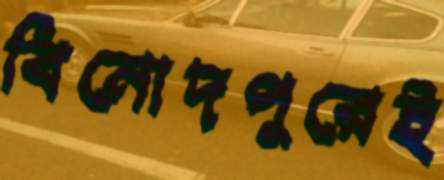
বিনোদপুরেই